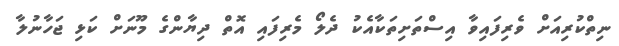
ނިތްކުރިއަށް ވެރިފައިވާ އިސްތަށިތަކާއެކު ދެލޯ މެރިފައި އޮތް ދިޔާންގެ މޫނަށް ކަޅި ޖަހާނުލާ